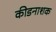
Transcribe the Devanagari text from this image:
कीडनाशक